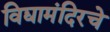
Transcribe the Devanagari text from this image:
विद्यामंदिरचे